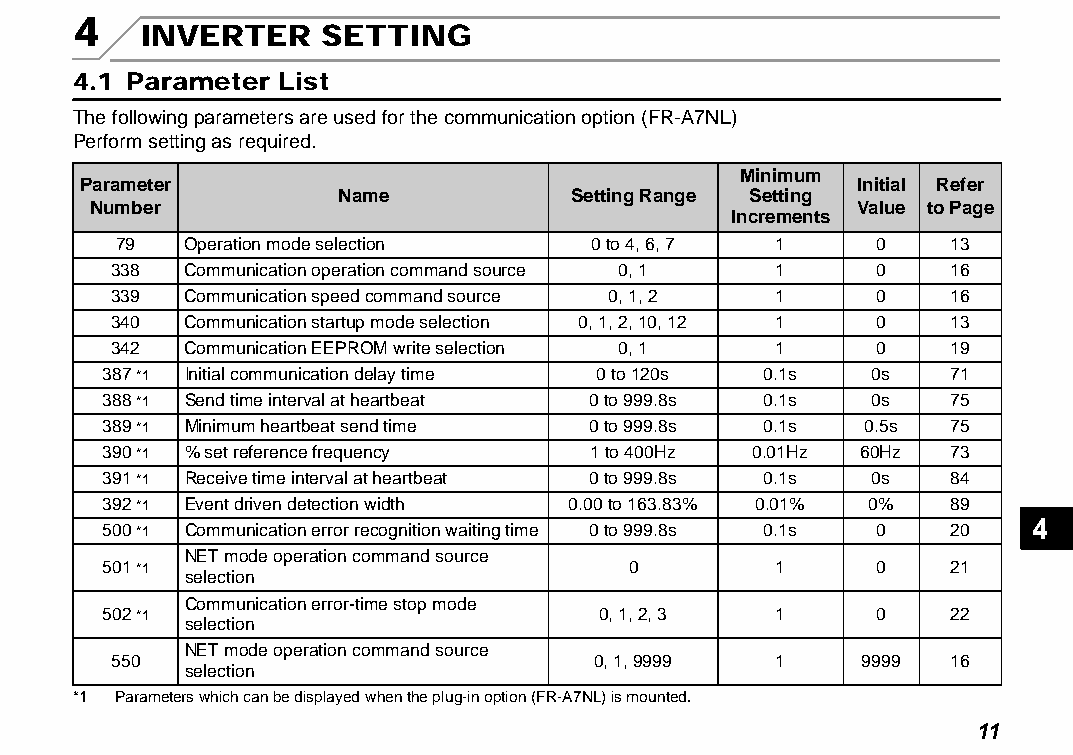
4
 INVERTER    SETTING
 4.1 Parameter List
 The following parameters are used for the communication option (FR-A7NL)
 Perform setting as required.
 Minimum
 Parameter                                          Initial Refer
 Name           Setting Range Setting
 Number                                            Value to Page
 Increments
 79   Operation mode selection   0 to 4, 6, 7 1     0    13
 338  Communication operation command source 0, 1 1 0    16
 339  Communication speed command source 0, 1, 2 1  0    16
 340  Communication startup mode selection 0, 1, 2, 10, 12 1 0 13
 342  Communication EEPROM write selection 0, 1 1   0    19
 387 *1 Initial communication delay time 0 to 120s 0.1s 0s 71
 388 *1 Send time interval at heartbeat 0 to 999.8s 0.1s 0s 75
 389 *1 Minimum heartbeat send time 0 to 999.8s 0.1s 0.5s 75
 390 *1 % set reference frequency 1 to 400Hz 0.01Hz 60Hz  73
 391 *1 Receive time interval at heartbeat 0 to 999.8s 0.1s 0s 84
 392 *1 Event driven detection width 0.00 to 163.83% 0.01% 0% 89
 4
 500 *1 Communication error recognition waiting time 0 to 999.8s 0.1s 0 20
 NET mode operation command source
 501 *1                             0         1      0    21
 selection
 Communication error-time stop mode
 502 *1                           0, 1, 2, 3  1      0    22
 selection
 NET mode operation command source
 550                             0, 1, 9999  1     9999  16
 selection
 *1 Parameters which can be displayed when the plug-in option (FR-A7NL) is mounted.
 11